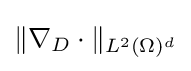
\Vert \nabla _{D}\cdot \Vert _{L^{2}(\Omega )^{d}}